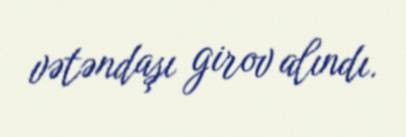
vətəndaşı girov alındı.